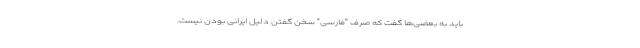
باید به بعضی‌ها گفت که صرف "فارسی" سخن گفتن دلیل ایرانی بودن نیست.